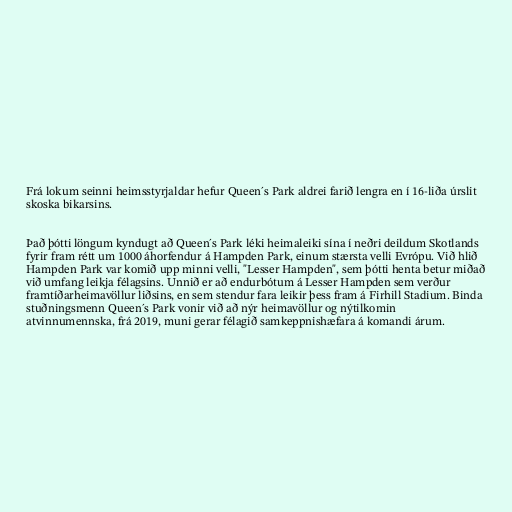
Frá lokum seinni heimsstyrjaldar hefur Queen´s Park aldrei farið lengra en í 16-liða úrslit
skoska bikarsins.

Það þótti löngum kyndugt að Queen´s Park léki heimaleiki sína í neðri deildum Skotlands
fyrir fram rétt um 1000 áhorfendur á Hampden Park, einum stærsta velli Evrópu. Við hlið
Hampden Park var komið upp minni velli, "Lesser Hampden", sem þótti henta betur miðað
við umfang leikja félagsins. Unnið er að endurbótum á Lesser Hampden sem verður
framtíðarheimavöllur liðsins, en sem stendur fara leikir þess fram á Firhill Stadium. Binda
stuðningsmenn Queen´s Park vonir við að nýr heimavöllur og nýtilkomin
atvinnumennska, frá 2019, muni gerar félagið samkeppnishæfara á komandi árum.